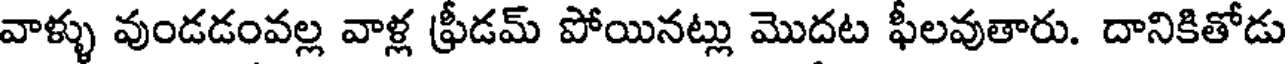
వాళ్ళు వుండడంవల్ల వాళ్ల ఫ్రీడమ్ పోయినట్లు మొదట ఫీలవుతారు. దానికితోడు